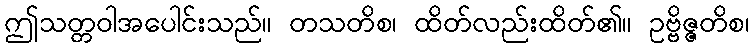
ဤသတ္တဝါအပေါင်းသည်။ တသတိစ၊ ထိတ်လည်းထိတ်၏။ ဥဗ္ဗိဇ္ဇတိစ၊